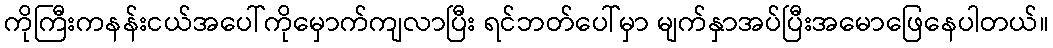
ကိုကြီးကနန်းငယ်အပေါ်ကိုမှောက်ကျလာပြီး ရင်ဘတ်ပေါ်မှာ မျက်နှာအပ်ပြီးအမောဖြေနေပါတယ်။